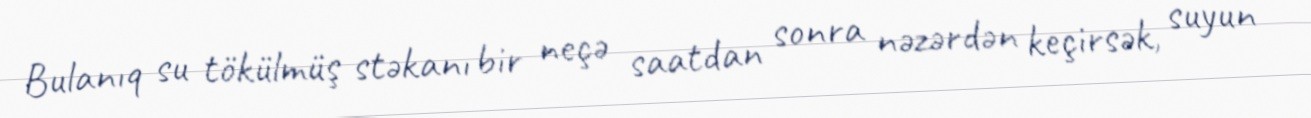
Bulanıq su tökülmüş stəkanı bir neçə saatdan sonra nəzərdən keçirsək, suyun